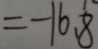
= - 1 6 . 8